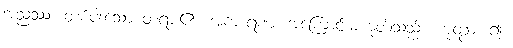
အညဿ၊ တစ်ပါးသော တရား၏။ အကာရဏံ၊ အကြောင်းမဟုတ်သည်။ ဟုတွာ၊ ၍။